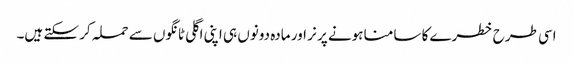
اسی طرح خطرے کا سامنا ہونے پر نر اور مادہ دونوں ہی اپنی اگلی ٹانگوں سے حملہ کر سکتے ہیں۔